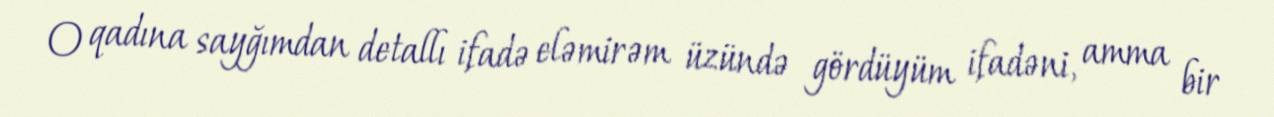
O qadına sayğımdan detallı ifadə eləmirəm üzündə gördüyüm ifadəni, amma bir